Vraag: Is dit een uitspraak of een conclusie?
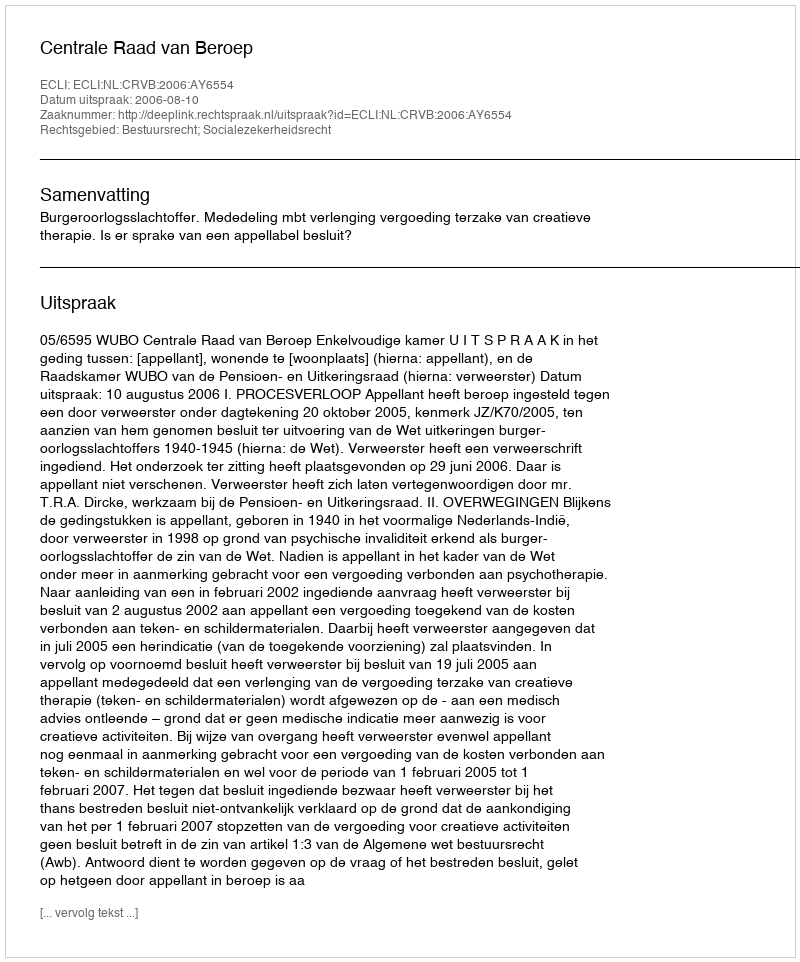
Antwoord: Uitspraak